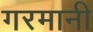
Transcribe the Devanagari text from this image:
गरमानी